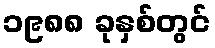
၁၉၈၈ ခုနှစ်တွင်